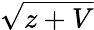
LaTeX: \sqrt{z+V}